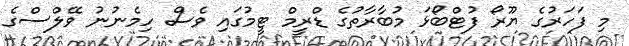
މި ފަހަރުގެ ޔޫރޯ ފުޓްބޯޅަ މުބާރާތުގެ ޑްރީމް ޓީމުގައި ވެސް ހިމެނުނު ވޭލްސްގެ